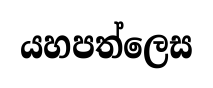
යහපත්ලෙස